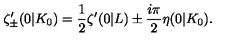
\zeta _ { \pm } ^ { \prime } ( 0 | K _ { 0 } ) = \frac { 1 } { 2 } \zeta ^ { \prime } ( 0 | L ) \pm \frac { i \pi } { 2 } \eta ( 0 | K _ { 0 } ) .